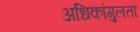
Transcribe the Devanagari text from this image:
अधिकांगुलता